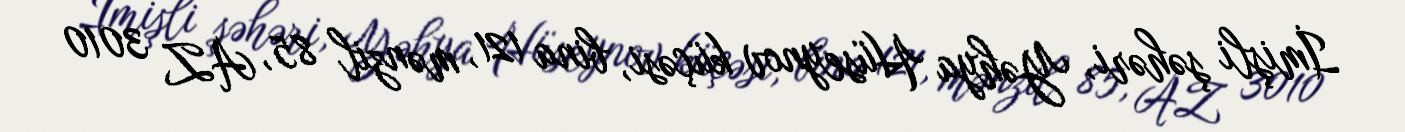
İmişli şəhəri, Yəhya Hüseynov küçəsi, bina 121, mənzil 85, AZ 3010